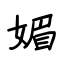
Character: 媚